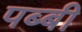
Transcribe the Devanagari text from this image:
पब्बी